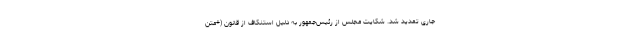
جاری تمدید شد. شکایت مجلس از رئیس‌جمهور به دلیل استنکاف از قانون (+متن